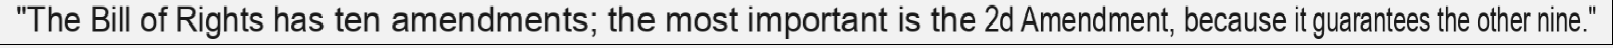
"The Bill of Rights has ten amendments; the most important is the 2d Amendment, because it guarantees the other nine."